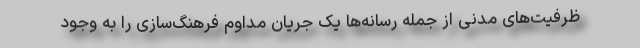
ظرفیت‌های مدنی از جمله رسانه‌ها یک جریان مداوم فرهنگ‌سازی را به وجود